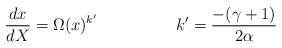
LaTeX: \begin{align*}\frac{dx}{dX}=\Omega(x)^{k'} \hspace{2cm} k'=\frac{-(\gamma+1)}{2\alpha}\end{align*}